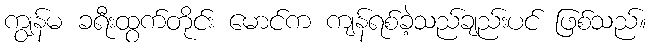
ကျွန်မ ခရီးထွက်တိုင်း မောင်က ကျန်ရစ်ခဲ့သည်ချည်းပင် ဖြစ်သည်။